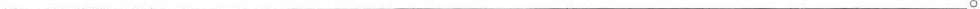
___。